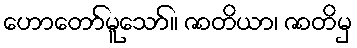
ဟောတော်မူသော်။ ဇာတိယာ၊ ဇာတိမှ